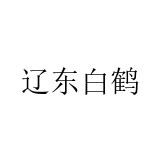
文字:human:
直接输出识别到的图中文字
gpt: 辽东白鹤